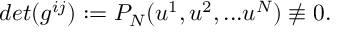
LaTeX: d e t ( g ^ { i j } ) : = P _ { N } ( u ^ { 1 } , u ^ { 2 } , . . . u ^ { N } ) \not \equiv 0 .